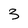
Character: 3